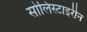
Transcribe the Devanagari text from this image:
सोलिस्टाइरीन